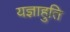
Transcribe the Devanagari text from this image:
यज्ञाहुति